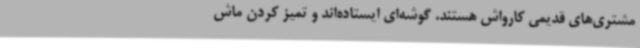
مشتری‌های قدیمی کارواش هستند. گوشه‌ای ایستاده‌اند و تمیز کردن ماش